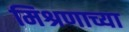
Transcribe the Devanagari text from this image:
मिश्रणाच्या